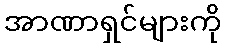
အာဏာရှင်များကို